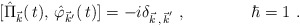
\begin{align*}[\hat \Pi _{\vec{k}} (\, t),\, \hat \varphi_{\vec{k}^\prime }(\, t)] = -i \delta _{{\vec k \, , \,\vec k}^\prime } \ , \qquad \qquad \hbar = 1 \ .\end{align*}